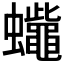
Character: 𧕓